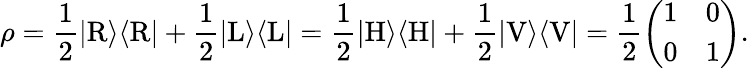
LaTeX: \rho={\frac{1}{2}}|\mathrm{R}\rangle\langle\mathrm{R}|+{\frac{1}{2}}|\mathrm{L}\rangle\langle\mathrm{L}|={\frac{1}{2}}|\mathrm{H}\rangle\langle\mathrm{H}|+{\frac{1}{2}}|\mathrm{V}\rangle\langle\mathrm{V}|={\frac{1}{2}}{\left(\begin{array}{ll}{1}&{0}\\ {0}&{1}\end{array}\right)}.